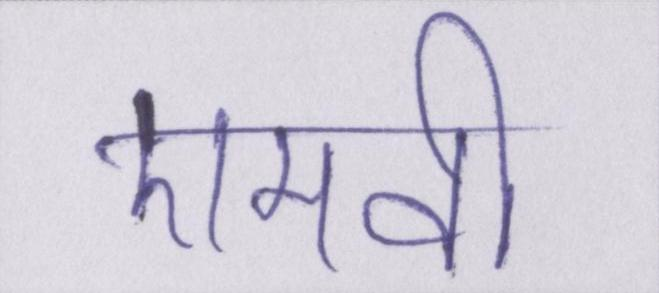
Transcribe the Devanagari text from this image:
एमवी